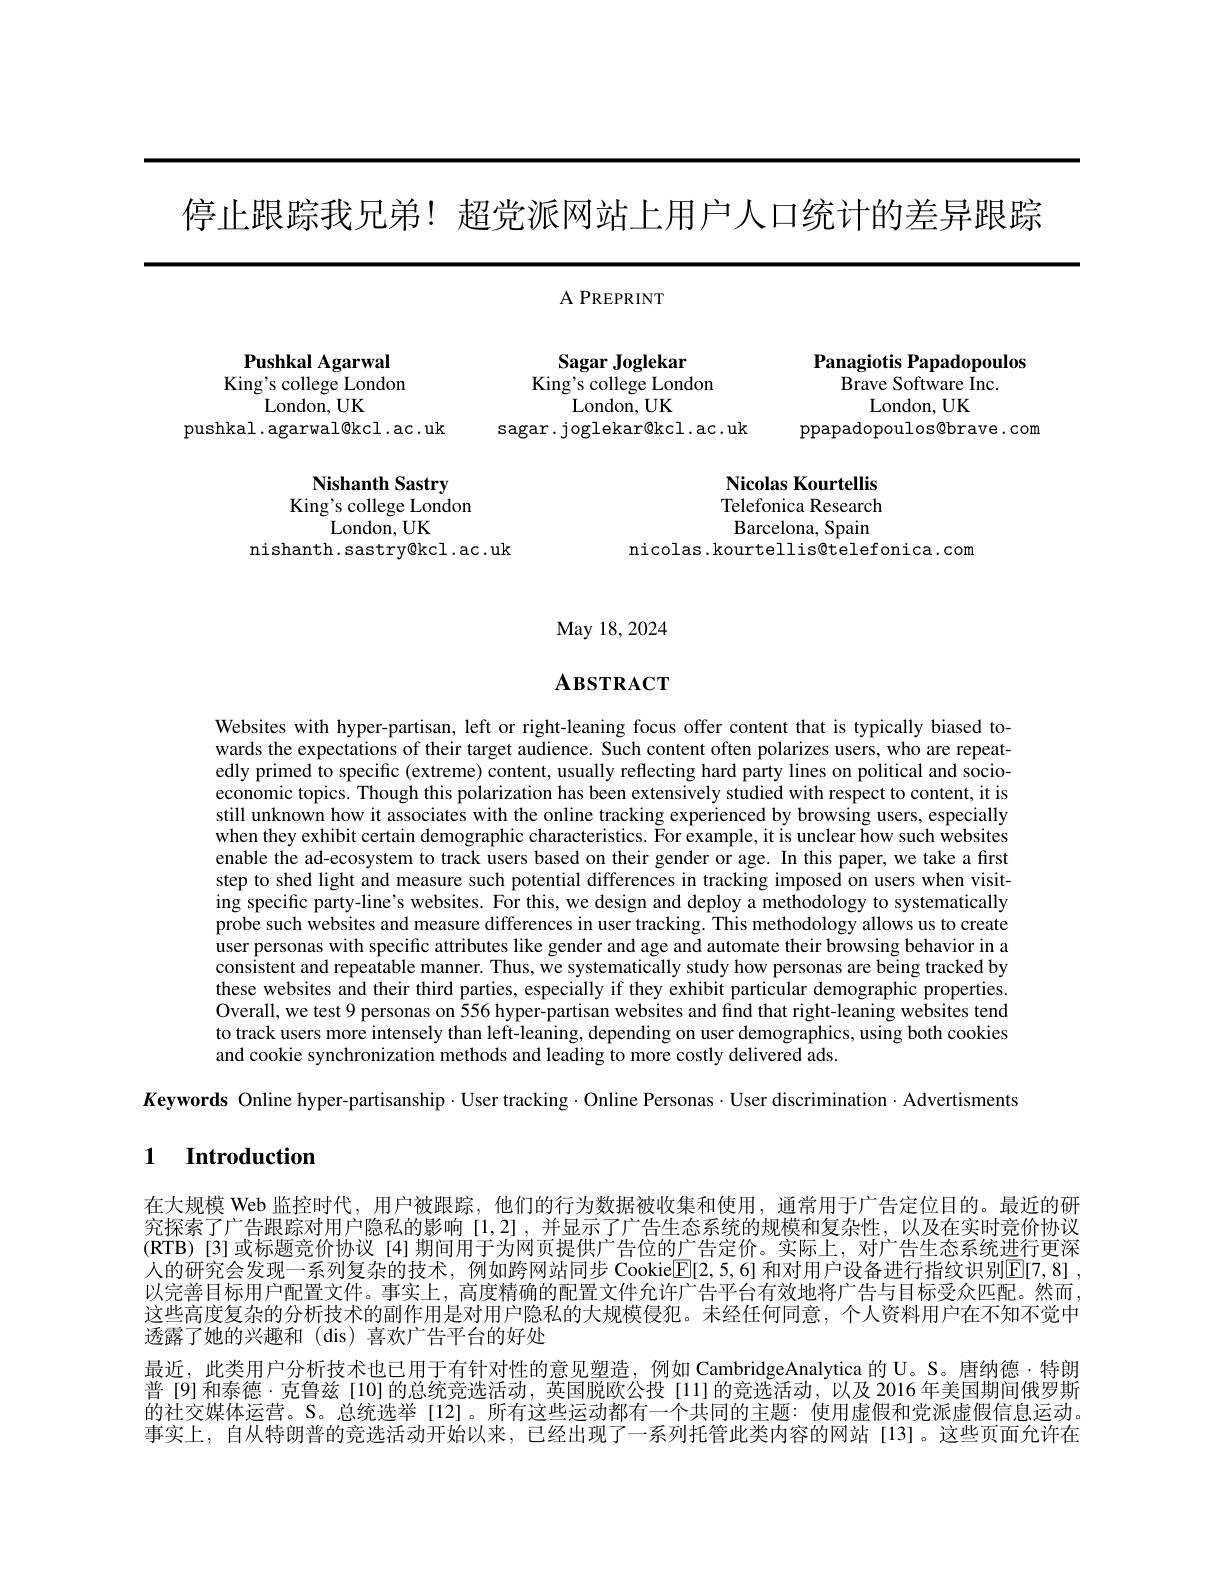
停止跟踪我兄弟！超党派网站上用户人口统计的差异跟踪

A PREPRINT

Pushkal Agarwal

Panagiotis Papadopoulos
Brave Software Inc.
London, UK

King's college London

Sagar Joglekar
King's college London
London, UK
sagar.joglekar@kcl.ac.uk

ppapadopoulos@brave.com

London, UK
pushkal. agarwal@kcl. ac. uk

## Nicolas Kourtellis Telefonica Research

Nishanth Sastry
King's college London
${\mathrm{London,UK}}$

nishanth.sastry@kcl.ac.uk

Barcelona, Spain
nicolas.kourtellis@telefonica.com

## May 18, 2024

# $\mathbf{A}_{\mathbf{BSTRACT}}$

Websites with hyper-partisan, left or right-leaning focus offer content that is typically biased towards the expectations of their target audience. Such content often polarizes users, who are repeatedly primed to specific (extreme) content, usually reflecting hard party lines on political and socioeconomic topics. Though this polarization has been extensively studied with respect to content, it is still unknown how it associates with the online tracking experienced by browsing users, especially when they exhibit certain demographic characteristics. For example, it is unclear how such websites enable the ad-ecosystem to track users based on their gender or age. In this paper, we take a first step to shed light and measure such potential differences in tracking imposed on users when visiting specific party-line's websites. For this, we design and deploy a methodology to systematically probe such websites and measure differences in user tracking. This methodology allows us to create user personas with specific attributes like gender and age and automate their browsing behavior in a consistent and repeatable manner. Thus, we systematically study how personas are being tracked by these websites and their third parties, especially if they exhibit particular demographic properties. Overall, we test 9 personas on 556 hyper-partisan websites and find that right-leaning websites tend to track users more intensely than left-leaning, depending on user demographics, using both cookies and cookie synchronization methods and leading to more costly delivered ads

$K$eywords Online hyper-partisanship$\cdot$User tracking$\cdot$Online Personas$\cdot$User discrimination$\cdot$Advertisments

### 1 Introduction

在大规模 Web 监控时代，用户被跟踪，他们的行为数据被收集和使用，通常用于广告定位目的。最近的研究探索了广告跟踪对用户隐私的影响[1,2],并显示了广告生态系统的规模和复杂性，以及在实时竞价协议(RTB)[3]或标题竞价协议[4]期间用于为网页提供广告位的广告定价。实际上，对广告生态系统进行更深人的研究会发现一系列复杂的技术，例如跨网站同步 Cookie$\overline{\mathbb{E}}[2,5,6]$ 和对用户设备进行指纹识别$\mathbb{E}[7,8]$, 以完善目标用户配置文件。事实上，高度精确的配置文件允许广告平台有效地将广告与目标受众匹配。然而这些高度复杂的分析技术的副作用是对用户隐私的大规模侵犯。未经任何同意，个人资料用户在不知不觉中透露了她的兴趣和(dis)喜欢广告平台的好处
最近，此类用户分析技术也已用于有针对性的意见塑造，例如 CambridgeAnalytica 的 U。S。唐纳德·特朗普[9]和泰德·克鲁兹[10]的总统竞选活动，英国脱欧公投[11]的竞选活动，以及 2016 年美国期间俄罗斯的社交媒体运营。S。总统选举[12]。所有这些运动都有一个共同的主题：使用虚假和党派虚假信息运动。事实上，自从特朗普的竞选活动开始以来，已经出现了一系列托管此类内容的网站[13]。这些页面允许在